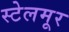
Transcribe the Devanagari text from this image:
स्टेलमूर